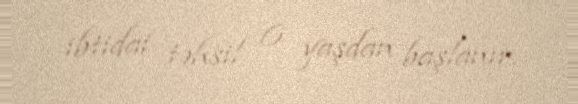
ibtidai təhsil 6 yaşdan başlanır.